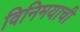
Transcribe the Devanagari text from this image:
विनिमयाची